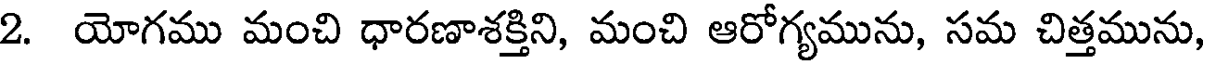
2. యోగము మంచి ధారణాశక్తిని, మంచి ఆరోగ్యమును, సమ చిత్తమును,